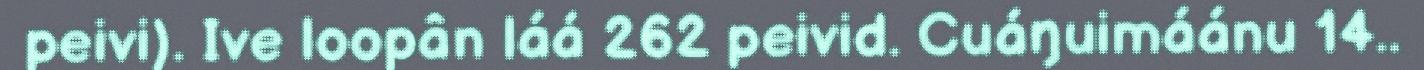
peivi). Ive loopân láá 262 peivid. Cuáŋuimáánu 14..